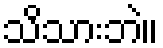
သိသားဘဲ။